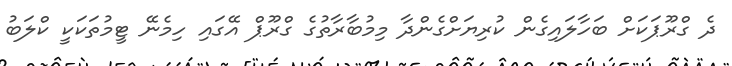
ދެ ގްރޫޕަކަށް ބަހާލައިގެން ކުރިޔަށްގެންދާ މިމުބާރާތުގެ ގްރޫޕް އޭގައި ހިމެނޭ ޓީމުތަކަކީ ކްލަބު